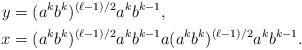
LaTeX: \begin{align*} y &= (a^k b^k)^{(\ell-1)/2} a^k b^{k-1},\\ x &= (a^k b^k)^{(\ell-1)/2} a^k b^{k-1} a (a^k b^k)^{(\ell-1)/2} a^k b^{k-1}.\end{align*}